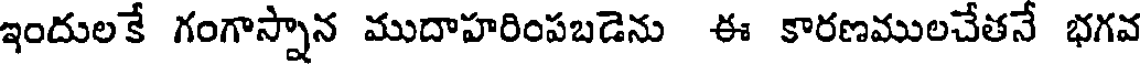
ఇందులకే గంగాస్నాన ముదాహరింపబడెను ఈ కారణములచేతనే భగవ